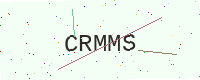
Text: CRMMS